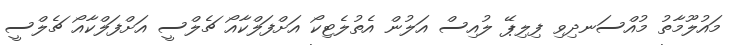
މައުލޫމާތު މުއްސަނދިވި ފިލިޕޭ ލުއިސް އަލުން އެތުލެޓިކޯ އަށްފަލްކާއޯ ޗެލްސީ އަށްފަލްކާއޯ ޗެލްސީ